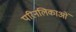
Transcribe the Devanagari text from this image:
परिनलिकाओं